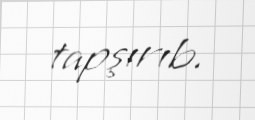
tapşırıb.